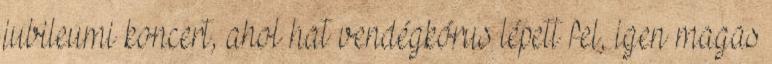
jubileumi koncert, ahol hat vendégkórus lépett fel, igen magas